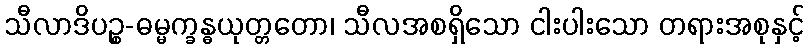
သီလာဒိပဉ္စ-ဓမ္မက္ခန္ဓယုတ္တတော၊ သီလအစရှိသော ငါးပါးသော တရားအစုနှင့်